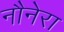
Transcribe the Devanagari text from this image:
नौनेरा